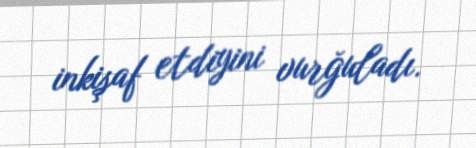
inkişaf etdiyini vurğuladı.